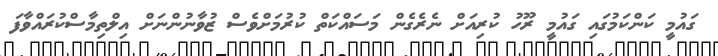
ގައުމީ ކަންކަމުގައި ގައުމީ ރޫހު ކުރިއަށް ނެރެގެން މަސައްކަތް ކުރުމަށްވެސް ޒުވާނުންނަށް އިލްތިމާސްކުރައްވާފަ